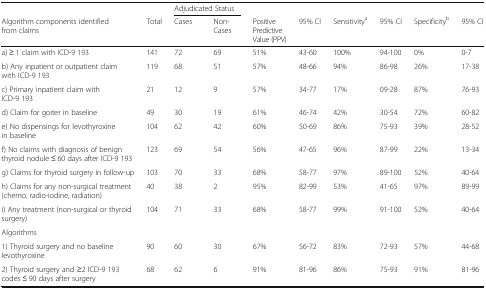
|  |  | <COLSPAN=2> Adjudicated Status |  |  |  |  |  |  |
 | Algorithm components identified from claims | Total | Cases | Non-Cases | Positive Predictive Value (PPV) | 95% CI | Sensitivitya | 95% CI | Specificityb | 95% CI |
 | --- | --- | --- | --- | --- | --- | --- | --- | --- | --- |
 | a) ≥ 1 claim with ICD-9 193 | 141 | 72 | 69 | 51% | 43-60 | 100% | 94-100 | 0% | 0-7 |
 | b) Any inpatient or outpatient claim with ICD-9 193 | 119 | 68 | 51 | 57% | 48-66 | 94% | 86-98 | 26% | 17-38 |
 | c) Primary inpatient claim with ICD-9 193 | 21 | 12 | 9 | 57% | 34-77 | 17% | 09-28 | 87% | 76-93 |
 | d) Claim for goiter in baseline | 49 | 30 | 19 | 61% | 46-74 | 42% | 30-54 | 72% | 60-82 |
 | e) No dispensings for levothyroxine in baseline | 104 | 62 | 42 | 60% | 50-69 | 86% | 75-93 | 39% | 28-52 |
 | f) No claims with diagnosis of benign thyroid nodule ≤ 60 days after ICD-9 193 | 123 | 69 | 54 | 56% | 47-65 | 96% | 87-99 | 22% | 13-34 |
 | g) Claims for thyroid surgery in follow-up | 103 | 70 | 33 | 68% | 58-77 | 97% | 89-100 | 52% | 40-64 |
 | h) Claims for any non-surgical treatment (chemo, radio-iodine, radiation) | 40 | 38 | 2 | 95% | 82-99 | 53% | 41-65 | 97% | 89-99 |
 | i) Any treatment (non-surgical or thyroid surgery) | 104 | 71 | 33 | 68% | 58-77 | 99% | 91-100 | 52% | 40-64 |
 | <COLSPAN=10> Algorithms |
 | 1) Thyroid surgery and no baseline levothyroxine | 90 | 60 | 30 | 67% | 56-72 | 83% | 72-93 | 57% | 44-68 |
 | 2) Thyroid surgery and ≥2 ICD-9 193 codes ≤ 90 days after surgery | 68 | 62 | 6 | 91% | 81-96 | 86% | 75-93 | 91% | 81-96 |